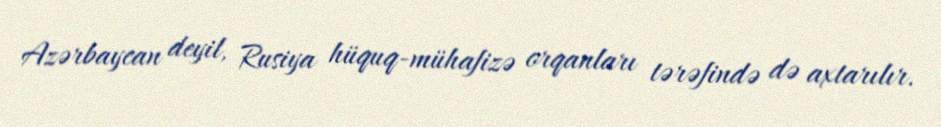
Azərbaycan deyil, Rusiya hüquq-mühafizə orqanları tərəfində də axtarılır.